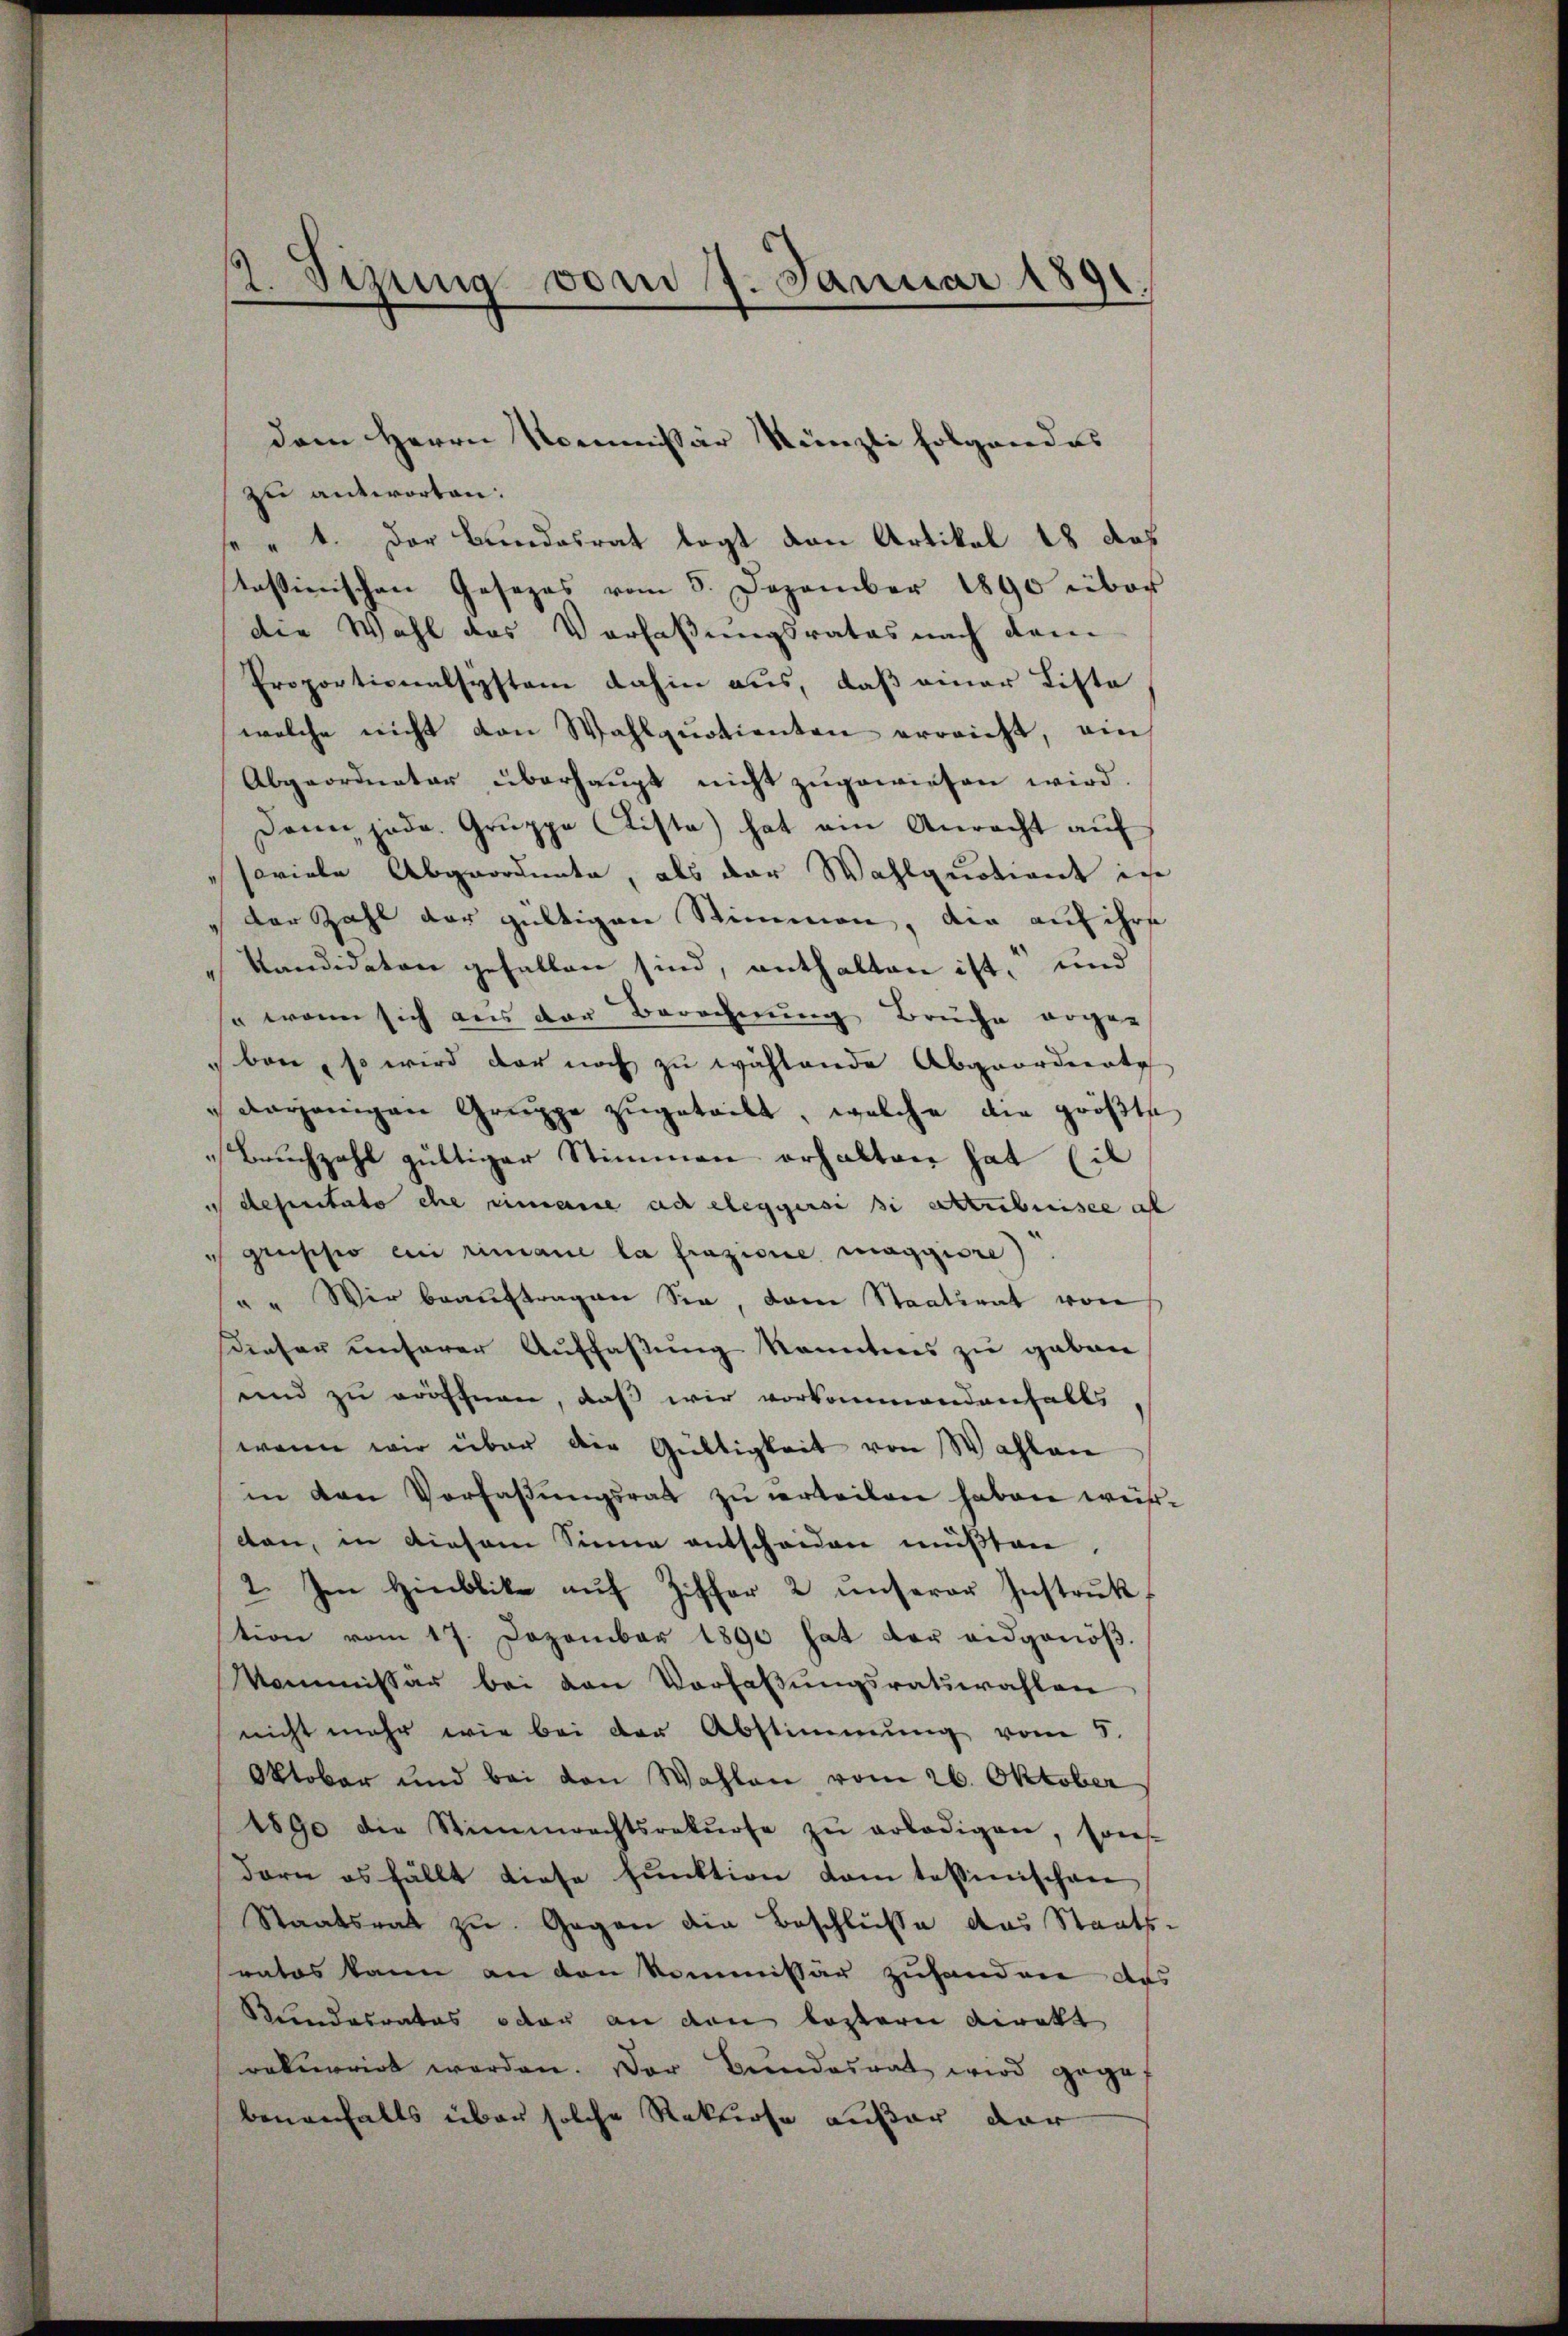
2. Sizung vom 7. Januar 1891.

dem Herrn Kommissär Künzli folgendes
zu antworten:
" 1. Der Bundesrat legt dann Artikel 18 das
tassinischen Gesezes vom 5. Dezember 1890 über
die Wahl des Verfaßungsrates nach dem
Proportionalsystem dahin aus, daß einer Liste
welche nicht von Wahlquotienten erreicht, ein
Abgeordneter überhaŭpt nicht zŭgewiesen wird.
Dann jede Gruppe Ciste) hat ein Anrecht auf
soviele Abgeordnete, als der Wahlquotient in
der Zahl der gültigen Stimmen, die auf ihre
Kandidaten gefallen sind, enthalten ist, und
" wenn sich aus der Berechnung Brüche erge-
ben, so wird der noch zu wählende Abgeordnete
doganigen Gruppe zugeteilt, welche die größte
Bruchzahl gültiger Stimmen erhalten hat Eil
 deperitato ehe rimane ad eleggersi si attribuisse al
Grussi en rimane la frazione maggiore).
" " Wir beauftragen Sie, dann Staatsrat von
Dieser unserer Auffassung kanntens zu geben
und zu eröffnen, daß wir vorkommendenfalls
wenn wir über die Gültigkeit von Wahlen
in den Vorfassŭngsrath zŭ erteilen haben wercten, in diesem Sinne entscheiden müßten.
2. Im Hinblike aŭf Ziffer 2 ŭnserer Instrŭk
tion vom 17. Dezember 1890 hat der eidgenöβ-
Kommissär bei den Vorlaβŭngsratswahlen
nicht mehr wie bei der Abstimmung vom 5.
Oktober und bei von Wahlen vom 26. Oktober
1890 die Stimmrechtsrekŭrse zŭ erledigen, sores-
dern es fällt diese hŭnktion dem tessenschen
Staatsrat zu. Gegen die Beschlüsse das Staatsrates kann an den Kommissär zuhanden aus
Stundesrates oder an den lastern Direkt
rekurrirt werden. Der Bundesrat wird gege
benanfalls über solche Rekurse außer dar